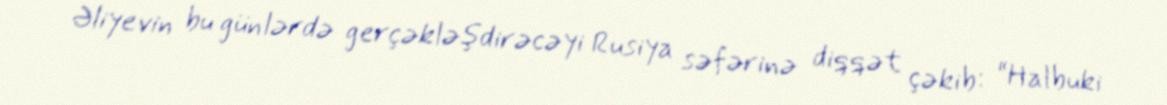
Əliyevin bu günlərdə gerçəkləşdirəcəyi Rusiya səfərinə diqqət çəkib: “Halbuki